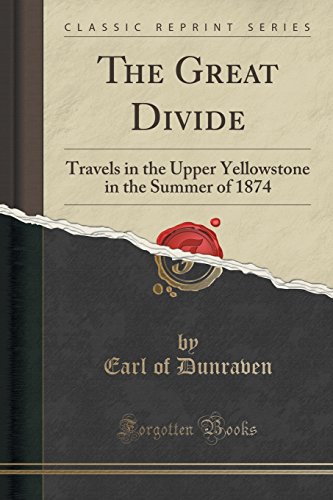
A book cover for The Great Divide: Travels in the Upper Yellowstone in the Summer of 1874 (Classic Reprint); Earl of Dunraven; Travel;